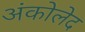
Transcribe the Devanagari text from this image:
अंकोलेद